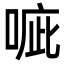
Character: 㖢